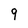
Character: 9